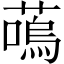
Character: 𫉩